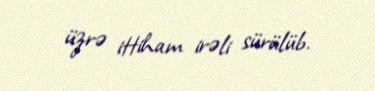
üzrə ittiham irəli sürülüb.